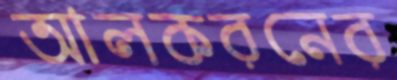
আলকরনের